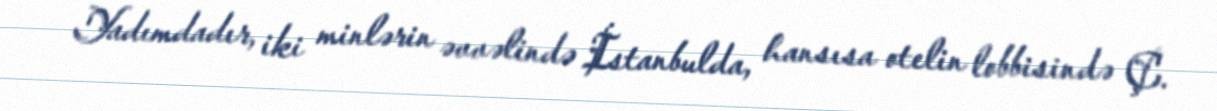
Yadımdadır, iki minlərin əvvəlində İstanbulda, hansısa otelin lobbisində Ç.